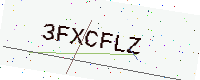
Text: 3FXCFLZ